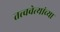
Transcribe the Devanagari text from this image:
तत्त्ववेत्यांच्या